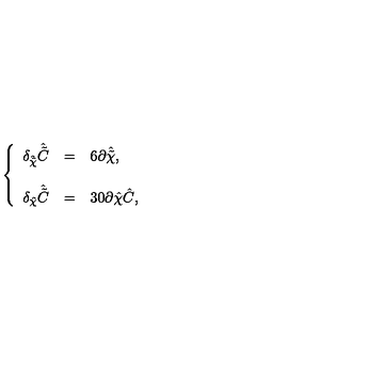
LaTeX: \left\{ \begin{array} { r c l } { \delta _ { \hat { \tilde { \chi } } } \hat { \tilde { C } } } & { = } & { 6 \partial \hat { \tilde { \chi } } , } \\ { } & { } & { } \\ { \delta _ { \hat { \chi } } \hat { \tilde { C } } } & { = } & { 3 0 \partial \hat { \chi } \hat { C } , } \\ \end{array} \right.